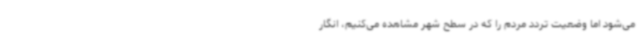
می‌شود اما وضعیت تردد مردم را که در سطح شهر مشاهده می‌کنیم، انگار